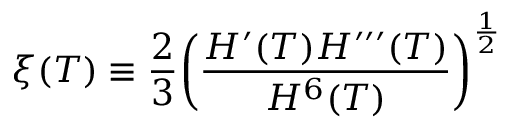
\xi ( T ) \equiv \frac { 2 } { 3 } \bigg ( \frac { H ^ { \prime } ( T ) H ^ { \prime \prime \prime } ( T ) } { H ^ { 6 } ( T ) } \bigg ) ^ { \frac { 1 } { 2 } }